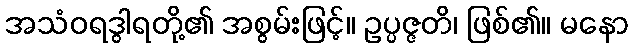
အသံဝရဒွါရတို့၏ အစွမ်းဖြင့်။ ဥပ္ပဇ္ဇတိ၊ ဖြစ်၏။ မနော